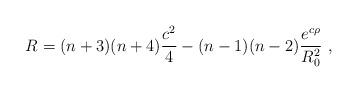
LaTeX: \begin{align*}R=(n+3)(n+4)\frac{c^2}{4} -(n-1)(n-2)\frac{e^{c \rho}}{R_0^2}~,\end{align*}